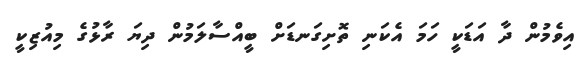
އިވެމުން ދާ އަޑަކީ ހަމަ އެކަނި ތޮށިގަނޑަށް ބީއްސާލަމުން ދިޔަ ރާޅުގެ މިއުޒިކީ